Lunatic asylums Punjab 1868-1880 - 1868-1880
Year: 1868
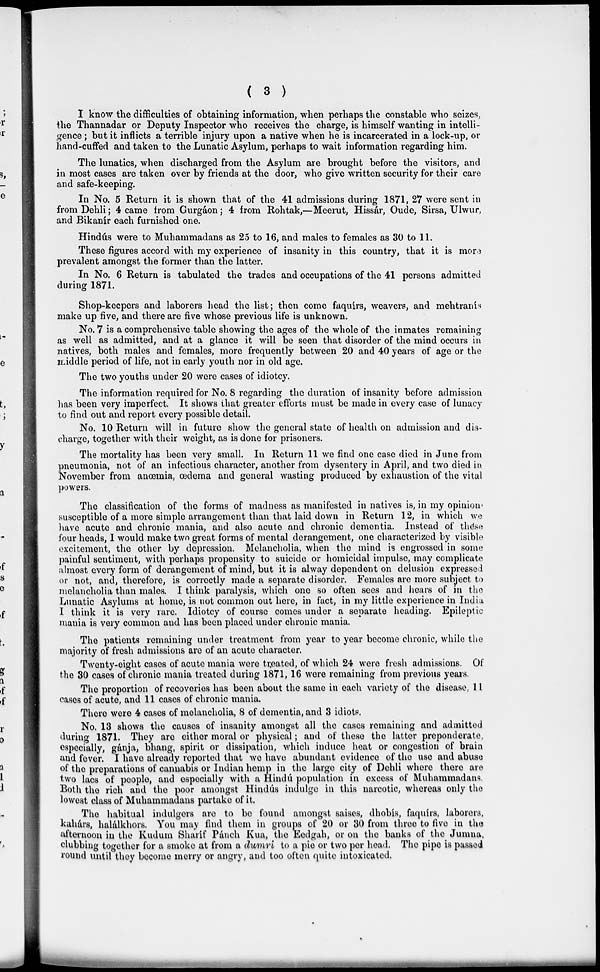
( 3 )
I know the difficulties of obtaining information, when perhaps the constable who seizes,
the Thannadar or Deputy Inspector who receives the charge, is himself wanting in intelli-
gence ; but it inflicts a terrible injury upon a native when he is incarcerated in a lock-up, or
hand-cuffed and taken to the Lunatic Asylum, perhaps to wait information regarding him.
The lunatics, when discharged from the Asylum are brought before the visitors, and
in most cases are taken over by friends at the door, who give written security for their care
and safe-keeping.
In No. 5 Return it is shown that of the 41 admissions during 1871, 27 were sent in
from Dehli; 4 came from Gurgáon ; 4 from Rohtak,—Meerut, Hissár, Oude, Sirsa, Ulwur,
and Bikanír each furnished one.
Hindús were to Muhammadans as 25 to 16, and males to females as 30 to 11.
These figures accord with my experience of insanity in this country, that it is more
prevalent amongst the former than the latter.
In No. 6 Return is tabulated the trades and occupations of the 41 persons admitted
during 1871.
Shop-keepers and laborers head the list; then come faquirs, weavers, and mehtranís
make up five, and there are five whose previous life is unknown.
No. 7 is a comprehensive table showing the ages of the whole of the inmates remaining
as well as admitted, and at a glance it will be seen that disorder of the mind occurs in
natives, both males and females, more frequently between 20 and 40 years of age or the
middle period of life, not in early youth nor in old age.
The two youths under 20 were cases of idiotcy.
The information required for No. 8 regarding the duration of insanity before admission
has been very imperfect. It shows that greater efforts must be made in every case of lunacy
to find out and report every possible detail.
No. 10 Return will in future show the general state of health on admission and dis-
charge, together with their weight, as is done for prisoners.
The mortality has been very small. In Return 11 we find one case died in June from
pneumonia, not of an infectious character, another from dysentery in April, and two died in
November from anœmia, œdema and general wasting produced by exhaustion of the vital
powers.
The classification of the forms of madness as manifested in natives is, in my opinion-
susceptible of a more simple arrangement than that laid down in Return 12, in which we
have acute and chronic mania, and also acute and chronic dementia. Instead of these
four heads, I would make two great forms of mental derangement, one characterized by visible
excitement, the other by depression. Melancholia, when the mind is engrossed in some
painful sentiment, with perhaps propensity to suicide or homicidal impulse, may complicate
almost every form of derangement of mind, but it is alway dependent on delusion expressed
or not, and, therefore, is correctly made a separate disorder. Females are more subject to
melancholia than males. I think paralysis, which one so often sees and hears of in the
Lunatic Asylums at home, is not common out here, in fact, in my little experience in India
I think it is very rare. Idiotcy of course comes under a separate heading. Epileptic
mania is very common and has been placed under chronic mania.
The patients remaining under treatment from year to year become chronic, while the
majority of fresh admissions are of an acute character.
Twenty-eight cases of acute mania were treated, of which 24 were fresh admissions. Of
the 30 cases of chronic mania treated during 1871, 16 were remaining from previous years.
The proportion of recoveries has been about the same in each variety of the disease, 11
cases of acute, and 11 cases of chronic mania.
There were 4 cases of melancholia, 8 of dementia, and 3 idiots.
No. 13 shows the causes of insanity amongst all the cases remaining and admitted
during 1871. They are either moral or physical; and of these the latter preponderate,
especially, gánja, bhang, spirit or dissipation, which induce heat or congestion of brain
and fever. I have already reported that we have abundant evidence of the use and abuse
of the preparations of cannabis or Indian hemp in the large city of Dehli where there are
two lacs of people, and especially with a Hindú population in excess of Muhammadans.
Both the rich and the poor amongst Hindús in dulge in this narcotic, whereas only the
lowest class of Muhammadans partake of it.
The habitual indulgers are to be found amongst saises, dhobís, faquírs, laborers,
kahárs, halálkhors. You may find them in groups of 20 or 30 from three to five in the
afternoon in the Kudum Sharíf Pánch Kua, the Eedgah, or on the banks of the Jumna,
clubbing together for a smoke at from a dumri to a pie or two per head. The pipe is passed
round until they become merry or angry, and too often quite intoxicated.